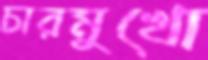
চারমুখো